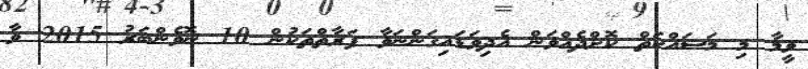
ވީމާ މި މަސައްކަތް ކޮށްދެއްވަން އެދިވަޑައިގަންނަވާ ފަރާތްތަކުން 10 ނޮވެންބަަރު 2015 ވާ